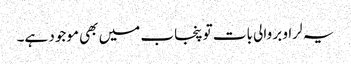
یہ لراو بر والی بات تو پنجاب میں بھی موجود ہے۔